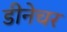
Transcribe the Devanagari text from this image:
डीनेचर